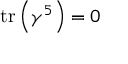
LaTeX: \operatorname { t r } \left( \gamma ^ { 5 } \right) = 0